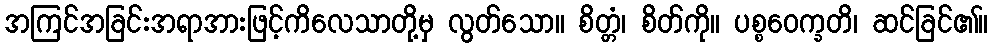
အကြင်အခြင်းအရာအားဖြင့်ကိလေသာတို့မှ လွတ်သော။ စိတ္တံ၊ စိတ်ကို။ ပစ္စဝေက္ခတိ၊ ဆင်ခြင်၏။